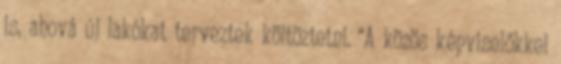
is, ahová új lakókat terveztek költöztetni. “A közös képviselőkkel